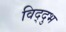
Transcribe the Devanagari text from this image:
विद्दुभ